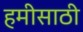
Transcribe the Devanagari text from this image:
हमीसाठी